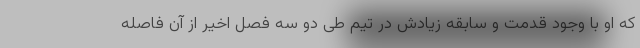
که او با وجود قدمت و سابقه زیادش در تیم طی دو سه فصل اخیر از آن فاصله